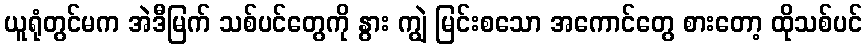
ယူရုံတွင်မက အဲဒီမြက် သစ်ပင်တွေကို နွား ကျွဲ မြင်းစသော အကောင်တွေ စားတော့ ထိုသစ်ပင်